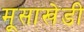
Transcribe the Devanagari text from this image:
मूसाखेडी